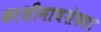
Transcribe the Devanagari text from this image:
काशीनाथशेठला